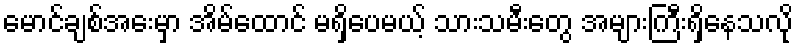
မောင်ချစ်အေးမှာ အိမ်ထောင် မရှိပေမယ့် သားသမီးတွေ အများကြီးရှိနေသလို